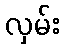
လှမ်း